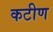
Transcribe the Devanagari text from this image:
कटीण